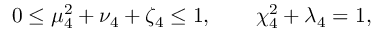
0 \leq \mu _ { 4 } ^ { 2 } + \nu _ { 4 } + \zeta _ { 4 } \leq 1 , \qquad \chi _ { 4 } ^ { 2 } + \lambda _ { 4 } = 1 ,